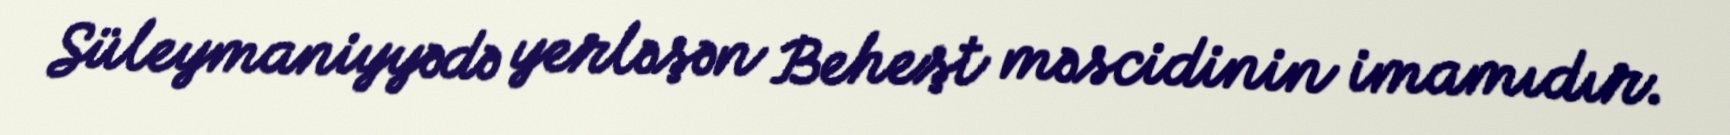
Süleymaniyyədə yerləşən Beheşt məscidinin imamıdır.